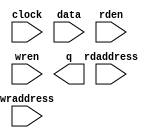
// megafunction wizard: %RAM: 2-PORT%VBB%
// GENERATION: STANDARD
// VERSION: WM1.0
// MODULE: altsyncram 

// ============================================================
// Megafunction Name(s):
// 			altsyncram
//
// Simulation Library Files(s):
// 			altera_mf
// ============================================================
// ************************************************************
// THIS IS A WIZARD-GENERATED FILE. DO NOT EDIT THIS FILE!
//
// 9.1 Build 222 10/21/2009 SJ Full Version
// ************************************************************

//Copyright (C) 1991-2009 Altera Corporation
//Your use of Altera Corporation's design tools, logic functions 
//and other software and tools, and its AMPP partner logic 
//functions, and any output files from any of the foregoing 
//(including device programming or simulation files), and any 
//associated documentation or information are expressly subject 
//to the terms and conditions of the Altera Program License 
//Subscription Agreement, Altera MegaCore Function License 
//Agreement, or other applicable license agreement, including, 
//without limitation, that your use is for the sole purpose of 
//programming logic devices manufactured by Altera and sold by 
//Altera or its authorized distributors.  Please refer to the 
//applicable agreement for further details.

module RAM0 (
	clock,
	data,
	rdaddress,
	rden,
	wraddress,
	wren,
	q);

	input	  clock;
	input	[7:0]  data;
	input	[6:0]  rdaddress;
	input	  rden;
	input	[6:0]  wraddress;
	input	  wren;
	output	[7:0]  q;
`ifndef ALTERA_RESERVED_QIS
// synopsys translate_off
`endif
	tri1	  rden;
	tri1	  wren;
`ifndef ALTERA_RESERVED_QIS
// synopsys translate_on
`endif

endmodule

// ============================================================
// CNX file retrieval info
// ============================================================
// Retrieval info: PRIVATE: ADDRESSSTALL_A NUMERIC "0"
// Retrieval info: PRIVATE: ADDRESSSTALL_B NUMERIC "0"
// Retrieval info: PRIVATE: BYTEENA_ACLR_A NUMERIC "0"
// Retrieval info: PRIVATE: BYTEENA_ACLR_B NUMERIC "0"
// Retrieval info: PRIVATE: BYTE_ENABLE_A NUMERIC "0"
// Retrieval info: PRIVATE: BYTE_ENABLE_B NUMERIC "0"
// Retrieval info: PRIVATE: BYTE_SIZE NUMERIC "8"
// Retrieval info: PRIVATE: BlankMemory NUMERIC "1"
// Retrieval info: PRIVATE: CLOCK_ENABLE_INPUT_A NUMERIC "0"
// Retrieval info: PRIVATE: CLOCK_ENABLE_INPUT_B NUMERIC "0"
// Retrieval info: PRIVATE: CLOCK_ENABLE_OUTPUT_A NUMERIC "0"
// Retrieval info: PRIVATE: CLOCK_ENABLE_OUTPUT_B NUMERIC "0"
// Retrieval info: PRIVATE: CLRdata NUMERIC "0"
// Retrieval info: PRIVATE: CLRq NUMERIC "0"
// Retrieval info: PRIVATE: CLRrdaddress NUMERIC "0"
// Retrieval info: PRIVATE: CLRrren NUMERIC "0"
// Retrieval info: PRIVATE: CLRwraddress NUMERIC "0"
// Retrieval info: PRIVATE: CLRwren NUMERIC "0"
// Retrieval info: PRIVATE: Clock NUMERIC "0"
// Retrieval info: PRIVATE: Clock_A NUMERIC "0"
// Retrieval info: PRIVATE: Clock_B NUMERIC "0"
// Retrieval info: PRIVATE: ECC NUMERIC "0"
// Retrieval info: PRIVATE: IMPLEMENT_IN_LES NUMERIC "0"
// Retrieval info: PRIVATE: INDATA_ACLR_B NUMERIC "0"
// Retrieval info: PRIVATE: INDATA_REG_B NUMERIC "0"
// Retrieval info: PRIVATE: INIT_FILE_LAYOUT STRING "PORT_B"
// Retrieval info: PRIVATE: INIT_TO_SIM_X NUMERIC "0"
// Retrieval info: PRIVATE: INTENDED_DEVICE_FAMILY STRING "Cyclone II"
// Retrieval info: PRIVATE: JTAG_ENABLED NUMERIC "0"
// Retrieval info: PRIVATE: JTAG_ID STRING "NONE"
// Retrieval info: PRIVATE: MAXIMUM_DEPTH NUMERIC "0"
// Retrieval info: PRIVATE: MEMSIZE NUMERIC "1024"
// Retrieval info: PRIVATE: MEM_IN_BITS NUMERIC "0"
// Retrieval info: PRIVATE: MIFfilename STRING ""
// Retrieval info: PRIVATE: OPERATION_MODE NUMERIC "2"
// Retrieval info: PRIVATE: OUTDATA_ACLR_B NUMERIC "0"
// Retrieval info: PRIVATE: OUTDATA_REG_B NUMERIC "0"
// Retrieval info: PRIVATE: RAM_BLOCK_TYPE NUMERIC "0"
// Retrieval info: PRIVATE: READ_DURING_WRITE_MODE_MIXED_PORTS NUMERIC "2"
// Retrieval info: PRIVATE: READ_DURING_WRITE_MODE_PORT_A NUMERIC "4"
// Retrieval info: PRIVATE: READ_DURING_WRITE_MODE_PORT_B NUMERIC "4"
// Retrieval info: PRIVATE: REGdata NUMERIC "1"
// Retrieval info: PRIVATE: REGq NUMERIC "1"
// Retrieval info: PRIVATE: REGrdaddress NUMERIC "1"
// Retrieval info: PRIVATE: REGrren NUMERIC "1"
// Retrieval info: PRIVATE: REGwraddress NUMERIC "1"
// Retrieval info: PRIVATE: REGwren NUMERIC "1"
// Retrieval info: PRIVATE: SYNTH_WRAPPER_GEN_POSTFIX STRING "0"
// Retrieval info: PRIVATE: USE_DIFF_CLKEN NUMERIC "0"
// Retrieval info: PRIVATE: UseDPRAM NUMERIC "1"
// Retrieval info: PRIVATE: VarWidth NUMERIC "0"
// Retrieval info: PRIVATE: WIDTH_READ_A NUMERIC "8"
// Retrieval info: PRIVATE: WIDTH_READ_B NUMERIC "8"
// Retrieval info: PRIVATE: WIDTH_WRITE_A NUMERIC "8"
// Retrieval info: PRIVATE: WIDTH_WRITE_B NUMERIC "8"
// Retrieval info: PRIVATE: WRADDR_ACLR_B NUMERIC "0"
// Retrieval info: PRIVATE: WRADDR_REG_B NUMERIC "0"
// Retrieval info: PRIVATE: WRCTRL_ACLR_B NUMERIC "0"
// Retrieval info: PRIVATE: enable NUMERIC "0"
// Retrieval info: PRIVATE: rden NUMERIC "1"
// Retrieval info: CONSTANT: ADDRESS_REG_B STRING "CLOCK0"
// Retrieval info: CONSTANT: CLOCK_ENABLE_INPUT_A STRING "BYPASS"
// Retrieval info: CONSTANT: CLOCK_ENABLE_INPUT_B STRING "BYPASS"
// Retrieval info: CONSTANT: CLOCK_ENABLE_OUTPUT_A STRING "BYPASS"
// Retrieval info: CONSTANT: CLOCK_ENABLE_OUTPUT_B STRING "BYPASS"
// Retrieval info: CONSTANT: INTENDED_DEVICE_FAMILY STRING "Cyclone II"
// Retrieval info: CONSTANT: LPM_TYPE STRING "altsyncram"
// Retrieval info: CONSTANT: NUMWORDS_A NUMERIC "128"
// Retrieval info: CONSTANT: NUMWORDS_B NUMERIC "128"
// Retrieval info: CONSTANT: OPERATION_MODE STRING "DUAL_PORT"
// Retrieval info: CONSTANT: OUTDATA_ACLR_B STRING "NONE"
// Retrieval info: CONSTANT: OUTDATA_REG_B STRING "UNREGISTERED"
// Retrieval info: CONSTANT: POWER_UP_UNINITIALIZED STRING "FALSE"
// Retrieval info: CONSTANT: RDCONTROL_REG_B STRING "CLOCK0"
// Retrieval info: CONSTANT: READ_DURING_WRITE_MODE_MIXED_PORTS STRING "DONT_CARE"
// Retrieval info: CONSTANT: WIDTHAD_A NUMERIC "7"
// Retrieval info: CONSTANT: WIDTHAD_B NUMERIC "7"
// Retrieval info: CONSTANT: WIDTH_A NUMERIC "8"
// Retrieval info: CONSTANT: WIDTH_B NUMERIC "8"
// Retrieval info: CONSTANT: WIDTH_BYTEENA_A NUMERIC "1"
// Retrieval info: USED_PORT: clock 0 0 0 0 INPUT NODEFVAL clock
// Retrieval info: USED_PORT: data 0 0 8 0 INPUT NODEFVAL data[7..0]
// Retrieval info: USED_PORT: q 0 0 8 0 OUTPUT NODEFVAL q[7..0]
// Retrieval info: USED_PORT: rdaddress 0 0 7 0 INPUT NODEFVAL rdaddress[6..0]
// Retrieval info: USED_PORT: rden 0 0 0 0 INPUT VCC rden
// Retrieval info: USED_PORT: wraddress 0 0 7 0 INPUT NODEFVAL wraddress[6..0]
// Retrieval info: USED_PORT: wren 0 0 0 0 INPUT VCC wren
// Retrieval info: CONNECT: @data_a 0 0 8 0 data 0 0 8 0
// Retrieval info: CONNECT: @wren_a 0 0 0 0 wren 0 0 0 0
// Retrieval info: CONNECT: q 0 0 8 0 @q_b 0 0 8 0
// Retrieval info: CONNECT: @address_a 0 0 7 0 wraddress 0 0 7 0
// Retrieval info: CONNECT: @address_b 0 0 7 0 rdaddress 0 0 7 0
// Retrieval info: CONNECT: @rden_b 0 0 0 0 rden 0 0 0 0
// Retrieval info: CONNECT: @clock0 0 0 0 0 clock 0 0 0 0
// Retrieval info: LIBRARY: altera_mf altera_mf.altera_mf_components.all
// Retrieval info: GEN_FILE: TYPE_NORMAL RAM0.v TRUE
// Retrieval info: GEN_FILE: TYPE_NORMAL RAM0.inc FALSE
// Retrieval info: GEN_FILE: TYPE_NORMAL RAM0.cmp FALSE
// Retrieval info: GEN_FILE: TYPE_NORMAL RAM0.bsf FALSE
// Retrieval info: GEN_FILE: TYPE_NORMAL RAM0_inst.v FALSE
// Retrieval info: GEN_FILE: TYPE_NORMAL RAM0_bb.v TRUE
// Retrieval info: GEN_FILE: TYPE_NORMAL RAM0_waveforms.html TRUE
// Retrieval info: GEN_FILE: TYPE_NORMAL RAM0_wave*.jpg FALSE
// Retrieval info: LIB_FILE: altera_mf